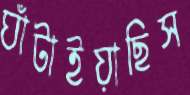
ঘাঁটাইয়াছিস